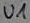
Text: U1